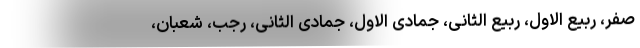
صفر، ربیع الاول، ربیع الثانی، جمادی الاول، جمادی الثانی، رجب، شعبان،